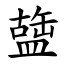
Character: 䀇